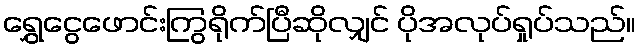
ရွှေငွေဖောင်းကြွရိုက်ပြီဆိုလျှင် ပိုအလုပ်ရှုပ်သည်။